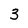
Character: 3